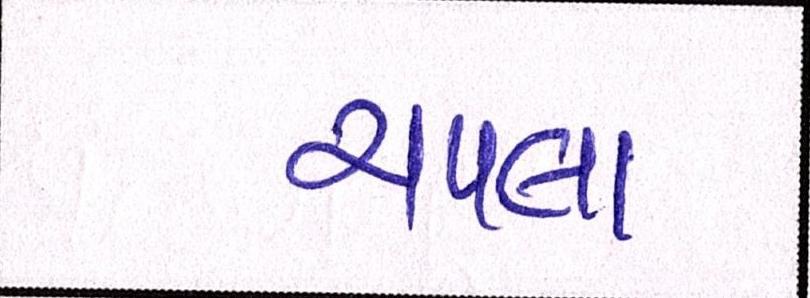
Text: ચપલા